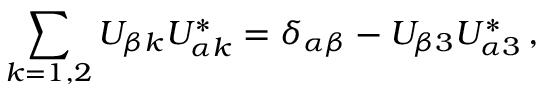
\sum _ { k = 1 , 2 } U _ { { \beta } k } U _ { { \alpha } k } ^ { * } = \delta _ { \alpha \beta } - U _ { { \beta } 3 } U _ { { \alpha } 3 } ^ { * } \, ,